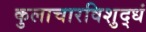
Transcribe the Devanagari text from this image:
कुलाचारविशुद्धं